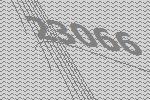
23066